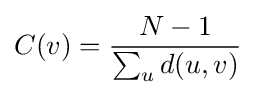
C(v)={\frac {N-1}{\sum _{u}d(u,v)}}